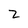
Character: Z